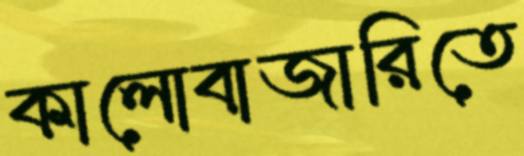
কালোবাজারিতে